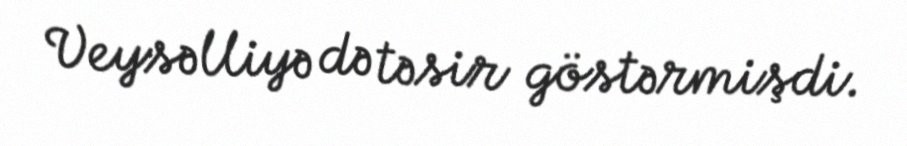
Veysəlliyə də təsir göstərmişdi.